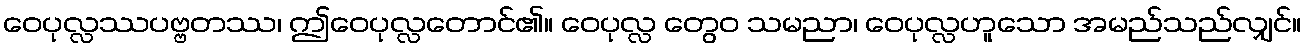
ဝေပုလ္လဿပဗ္ဗတဿ၊ ဤဝေပုလ္လတောင်၏။ ဝေပုလ္လ တွေဝ သမညာ၊ ဝေပုလ္လဟူသော အမည်သည်လျှင်။